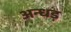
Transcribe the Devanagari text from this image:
अन्धड़